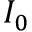
I _ { 0 }